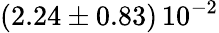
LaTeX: \left(2.24\pm 0.83\right)\, 10^{-2}